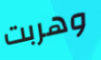
وهربت